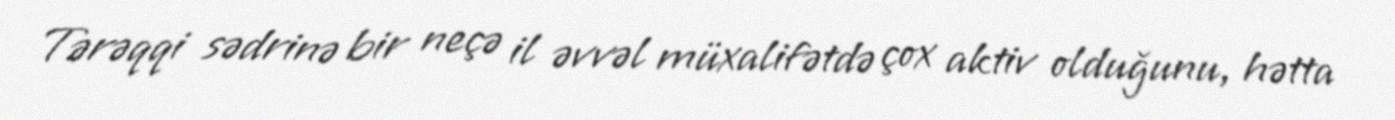
Tərəqqi sədrinə bir neçə il əvvəl müxalifətdə çox aktiv olduğunu, hətta